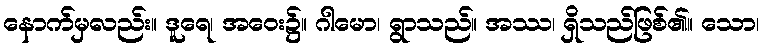
နောက်မှလည်း။ ဒူရေ၊ အဝေး၌။ ဂါမော၊ ရွာသည်။ အဿ၊ ရှိသည်ဖြစ်၏။ သော၊